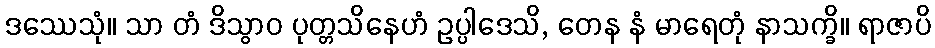
ဒဿေသုံ။ သာ တံ ဒိသွာဝ ပုတ္တသိနေဟံ ဥပ္ပါဒေသိ, တေန နံ မာရေတုံ နာသက္ခိ။ ရာဇာပိ